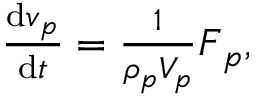
\begin{array} { r } { \frac { \mathrm { d } \boldsymbol { v } _ { p } } { \mathrm { d } t } = \frac { 1 } { \rho _ { p } V _ { p } } \boldsymbol { F } _ { p } , } \end{array}